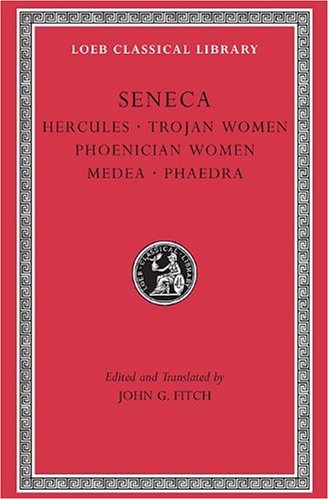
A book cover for Seneca: Tragedies, Volume I: Hercules. Trojan Women. Phoenician Women. Medea. Phaedra (Loeb Classical Library); Seneca; Literature & Fiction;